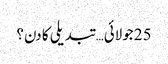
25 جولائی… تبدیلی کا دن؟